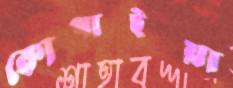
কোপাইয়া